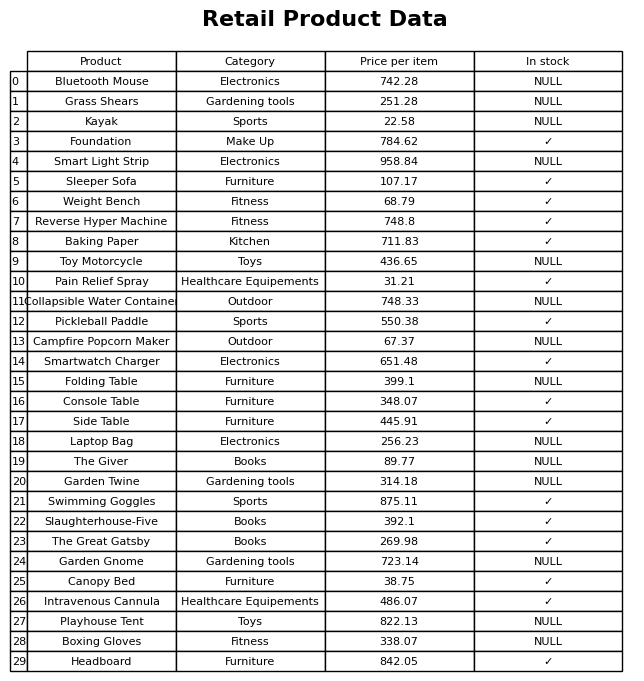
question: What is the price of the Headboard?
answer: The price of Headboard is 842.05.